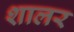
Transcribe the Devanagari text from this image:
शालर